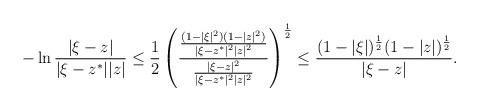
LaTeX: \begin{align*}- \ln \frac{|\xi-z|}{|\xi-z^*||z|} \leq \frac{1}{2} \left( \frac{ \frac{(1-|\xi|^2)(1-|z|^2)}{|\xi-z^*|^2|z|^2} }{ \frac{|\xi-z|^2}{|\xi-z^*|^2|z|^2} } \right)^{\frac{1}{2}} \leq \frac{(1-|\xi|)^{\frac{1}{2}} (1-|z|)^{\frac{1}{2}}}{|\xi-z|}.\end{align*}